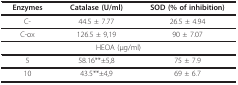
<table><thead><tr><td><b>Enzymes</b></td><td><b>Catalase (U/ml)</b></td><td><b>SOD (% of inhibition)</b></td></tr></thead><tbody><tr><td>C-</td><td>44.5 ± 7.77</td><td>26.5 ± 4.94</td></tr><tr><td>C-ox</td><td>126.5 ± 9,19</td><td>90 ± 7.07</td></tr><tr><td colspan="3">HEOA (μg/ml)</td></tr><tr><td>5</td><td>58.16**±5,8</td><td>75 ± 7.9</td></tr><tr><td>10</td><td>43.5**±4,9</td><td>69 ± 6.7</td></tr></tbody></table>